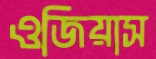
ওজিয়াস